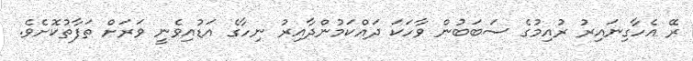
ރޭ އެހާގިނައިރު ރުއިމުގެ ސަބަބުން ވާހަކަ ދައްކަމުންދާއިރު ނިހާގެ އަޑުއިވެނީ ވަރަށް ތަފާތުކޮށެވެ.